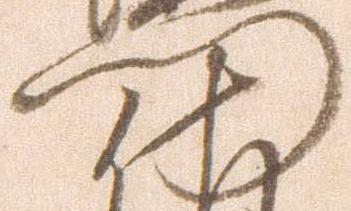
門